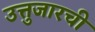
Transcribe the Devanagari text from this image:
उत्तुजारची